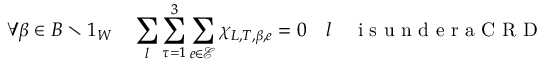
\forall \beta \in B \setminus 1 _ { W } \quad \sum _ { l } \sum _ { \tau = 1 } ^ { 3 } \sum _ { e \in \mathcal { E } } \chi _ { L , T , \beta , e } = 0 \quad l \quad \mathrm { ~ i ~ s ~ u ~ n ~ d ~ e ~ r ~ a ~ C ~ R ~ D ~ }